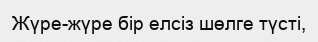
Жүре-жүре бір елсіз шөлге түсті,